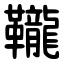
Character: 䪊